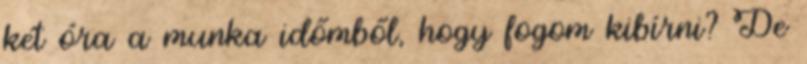
két óra a munka időmből, hogy fogom kibírni? De